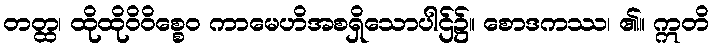
တတ္ထ၊ ထိုထိုဝိဝိစ္စေဝ ကာမေဟိအစရှိသောပါဌ်၌။ စောဒကဿ၊ ၏။ ဣတိ